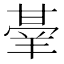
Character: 𭺭